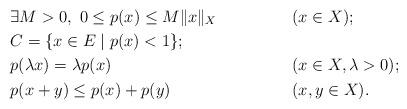
LaTeX: \begin{align*}& \exists M>0,\ 0\le p(x)\le M\|x\|_X && (x\in X); \\& C=\{x\in E\mid p(x)<1\}; && \\& p(\lambda x)= \lambda p(x) && (x\in X,\lambda>0); \\& p(x+y)\le p(x)+p(y) && (x,y\in X). \end{align*}